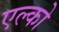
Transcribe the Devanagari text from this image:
एल्को